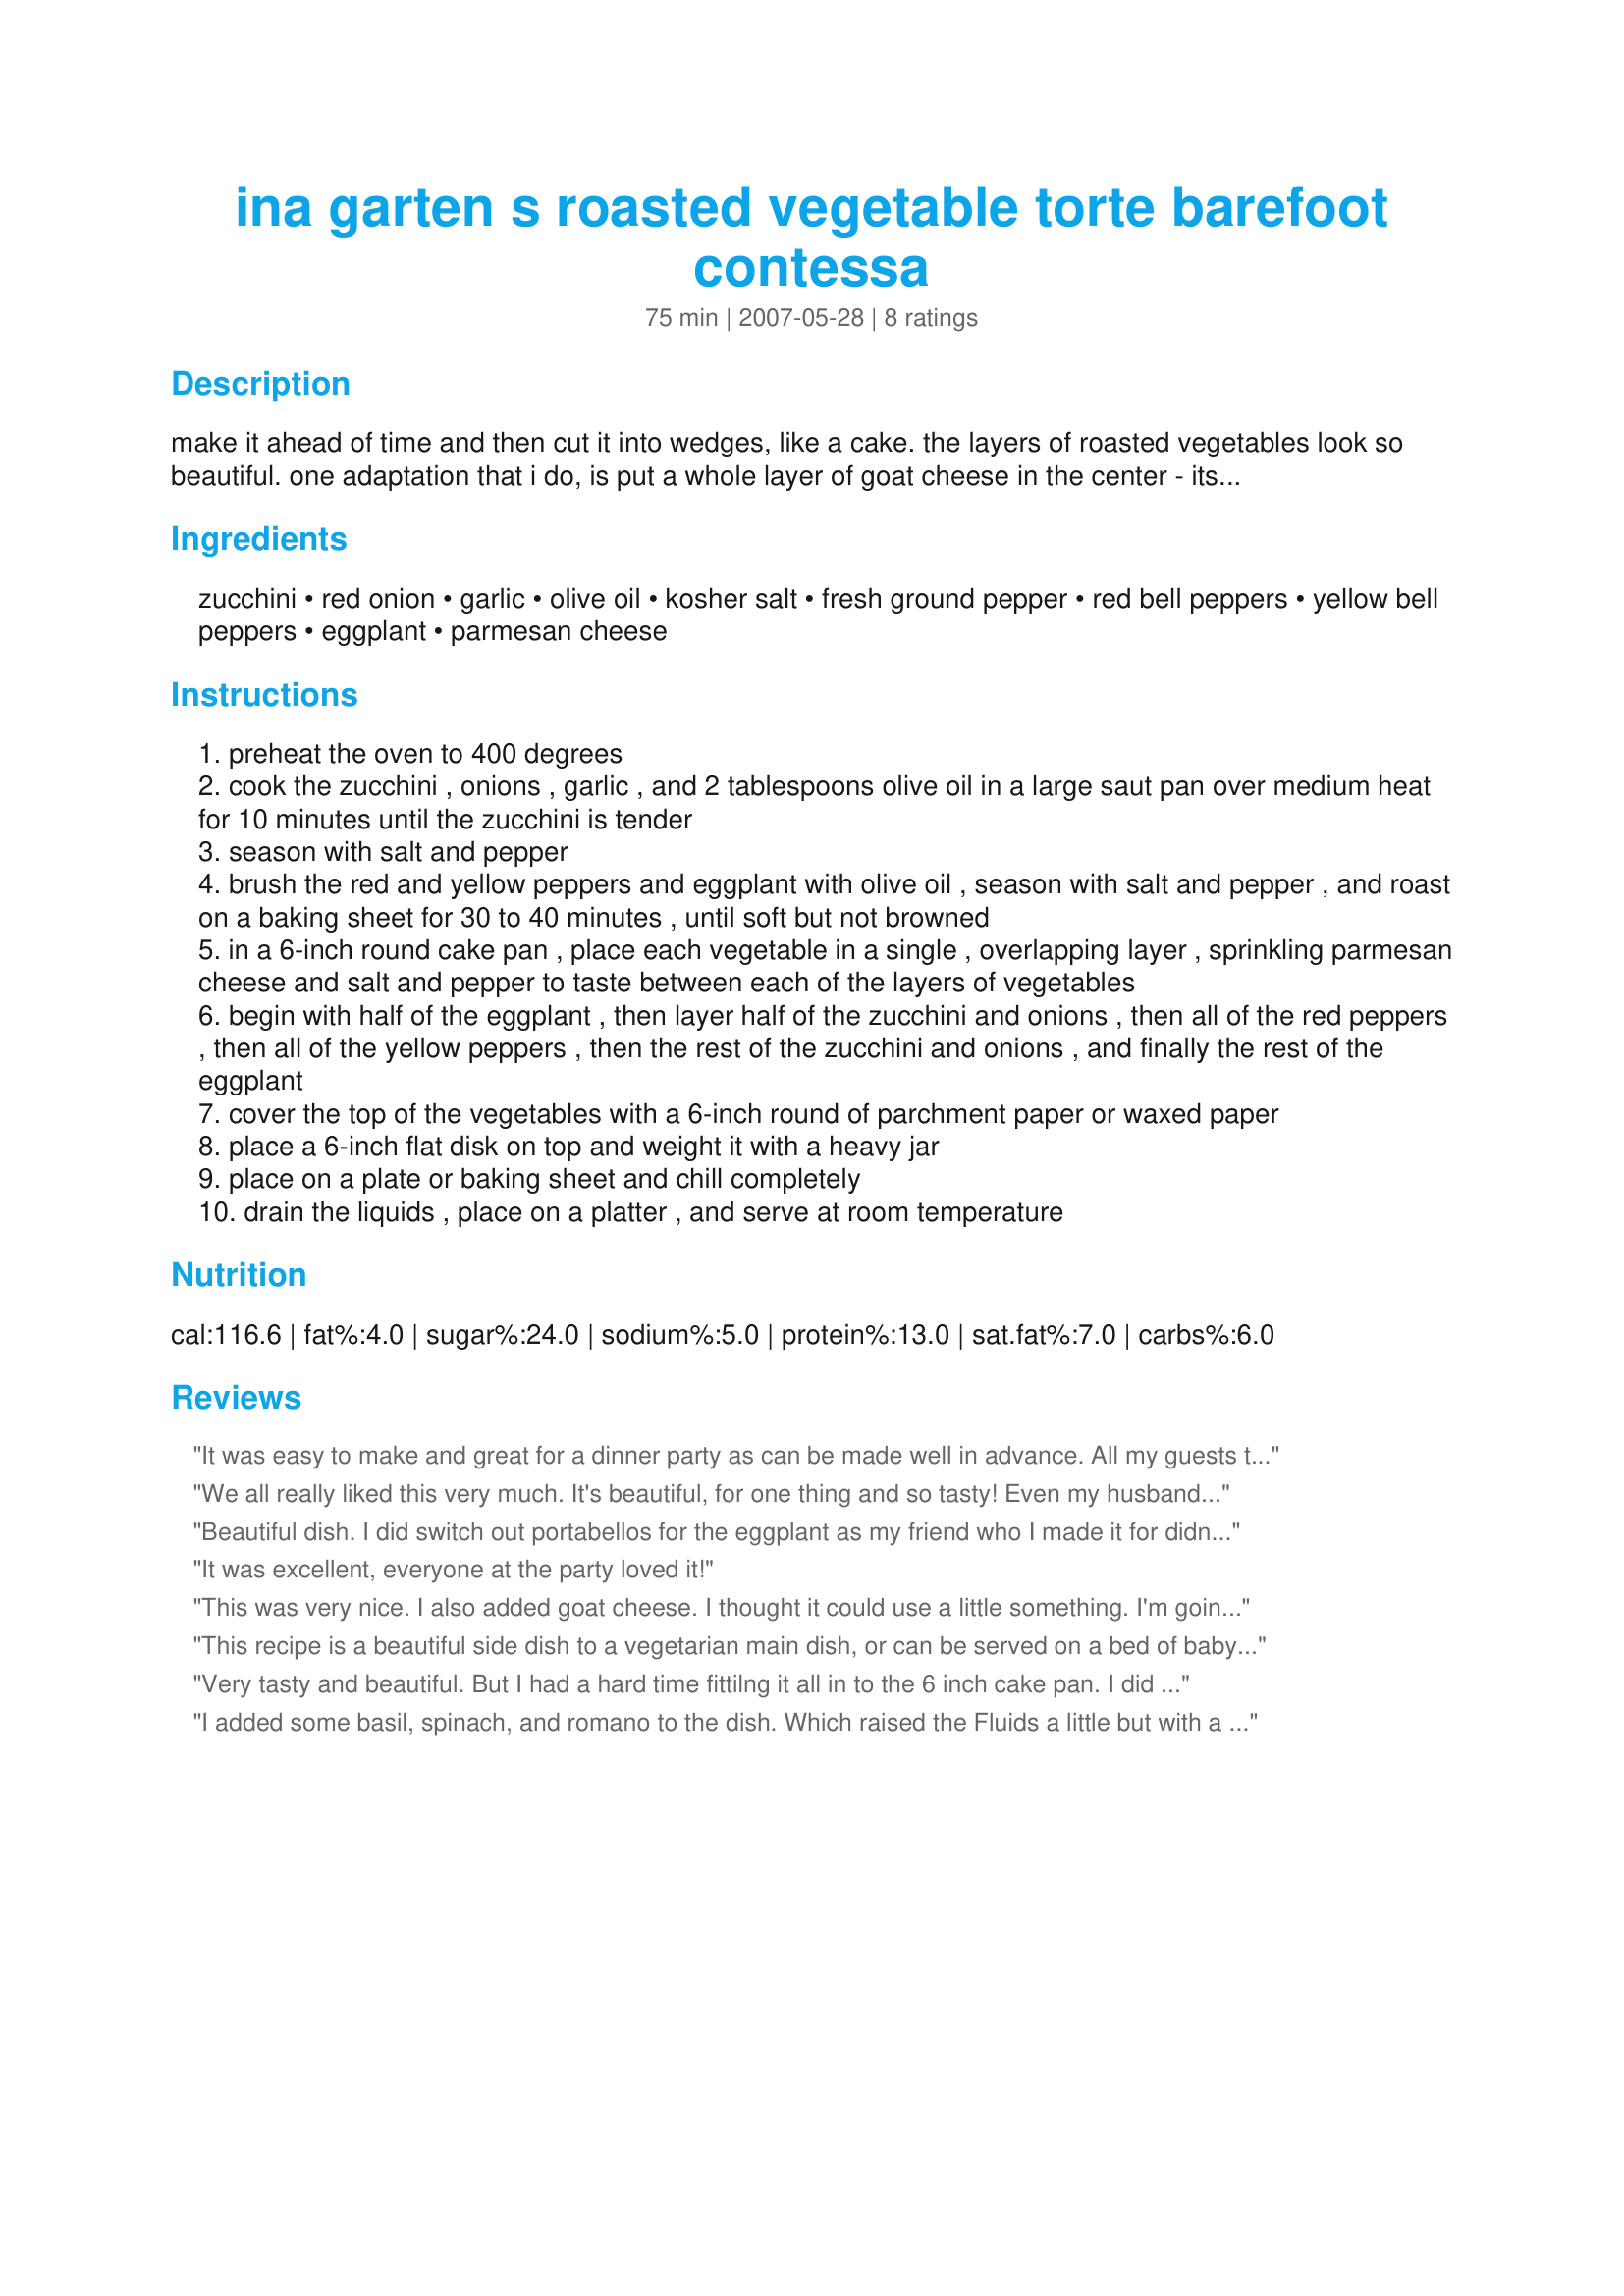
ina garten s roasted vegetable torte barefoot contessa
Preparation time: 75 minutes

make it ahead of time and then cut it into wedges, like a cake. the layers of roasted vegetables look so beautiful. one adaptation that i do, is put a whole layer of goat cheese in the center - its wonderful. another thing i've done is to make a light basil vinaigrette to drizzle over each serving. either of these things (or both) really put this dish over the top!!

Ingredients:
zucchini, red onion, garlic, olive oil, kosher salt, fresh ground pepper, red bell peppers, yellow bell peppers, eggplant, parmesan cheese

Steps:
preheat the oven to 400 degrees
cook the zucchini , onions , garlic , and 2 tablespoons olive oil in a large saut pan over medium heat for 10 minutes until the zucchini is tender
season with salt and pepper
brush the red and yellow peppers and eggplant with olive oil , season with salt and pepper , and roast on a baking sheet for 30 to 40 minutes , until soft but not browned
in a 6-inch round cake pan , place each vegetable in a single , overlapping layer , sprinkling parmesan cheese and salt and pepper to taste between each of the layers of vegetables
begin with half of the eggplant , then layer half of the zucchini and onions , then all of the red peppers , then all of the yellow peppers , then the rest of the zucchini and onions , and finally the rest of the eggplant
cover the top of the vegetables with a 6-inch round of parchment paper or waxed paper
place a 6-inch flat disk on top and weight it with a heavy jar
place on a plate or baking sheet and chill completely
drain the liquids , place on a platter , and serve at room temperature

Reviews:
It was easy to make and great for a dinner party as can be made well in advance. All my guests thought it was fabulous and two of them have gone home with the recipe!
We all really liked this very much. It's beautiful, for one thing and so tasty! Even my husband, who can be weird about vegetables enjoyed it. I substituted portabello mushrooms (for no reason except that I had a hankering for portabellos) for the egglpant and mixed a little freshly grated fontina with the parmesan. I served it last night with flank steak and just had a wedge for lunch with spinach salad. I'll make this again and can imagine lots of possibilities. I made mine in an 8" springform, since that's the closest thing that I had; it worked just fine.
Beautiful dish. I did switch out portabellos for the eggplant as my friend who I made it for didn't like eggplant. It still turned out great. I did spread some goat cheese on top as I thought it needed some cheese and made a fresh basil vinaigrette, as was suggested by one of the reviewers.<br/><br/>It was great, I served it with some grilled cod and it was beautiful.<br/><br/>Addition:<br/>I made this a second time using the eggplant as the recipe calls for. And again it turned out perfect. I again spread some goat cheese on top just to finish it off and I love the basil vinaigrette on the side. I served this for a luncheon for one of the ladies I cook for, it was for 4 people and this was perfect. I served a cup of potato soup and this with some homemade bread. It is such a pretty and delicious dish and full of flavor.
It was excellent, everyone at the party loved it!
This was very nice. I also added goat cheese. I thought it could use a little something. I'm going to add a bit of pesto next time. Thanks for sharing
This recipe is a beautiful side dish to a vegetarian main dish, or can be served on a bed of baby arugula for an elegant salad course. I've done many beautiful things with this torte over the years. Visit www.blackradish.us for more recipes and Chef Heather Mader
Very tasty and beautiful. But I had a hard time fittilng it all in to the 6 inch cake pan. I did add the goat cheese and that was a wonderful touch.
I added some basil, spinach, and romano to the dish. Which raised the Fluids a little but with a firm push down and some dumping it set well. I love this dish.
